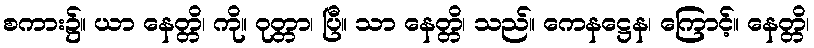
စကား၌။ ယာ နေတ္တိ၊ ကို။ ဝုတ္တာ၊ ပြီ။ သာ နေတ္တိ၊ သည်။ ကေနဋ္ဌေန၊ ကြောင့်။ နေတ္တိ၊